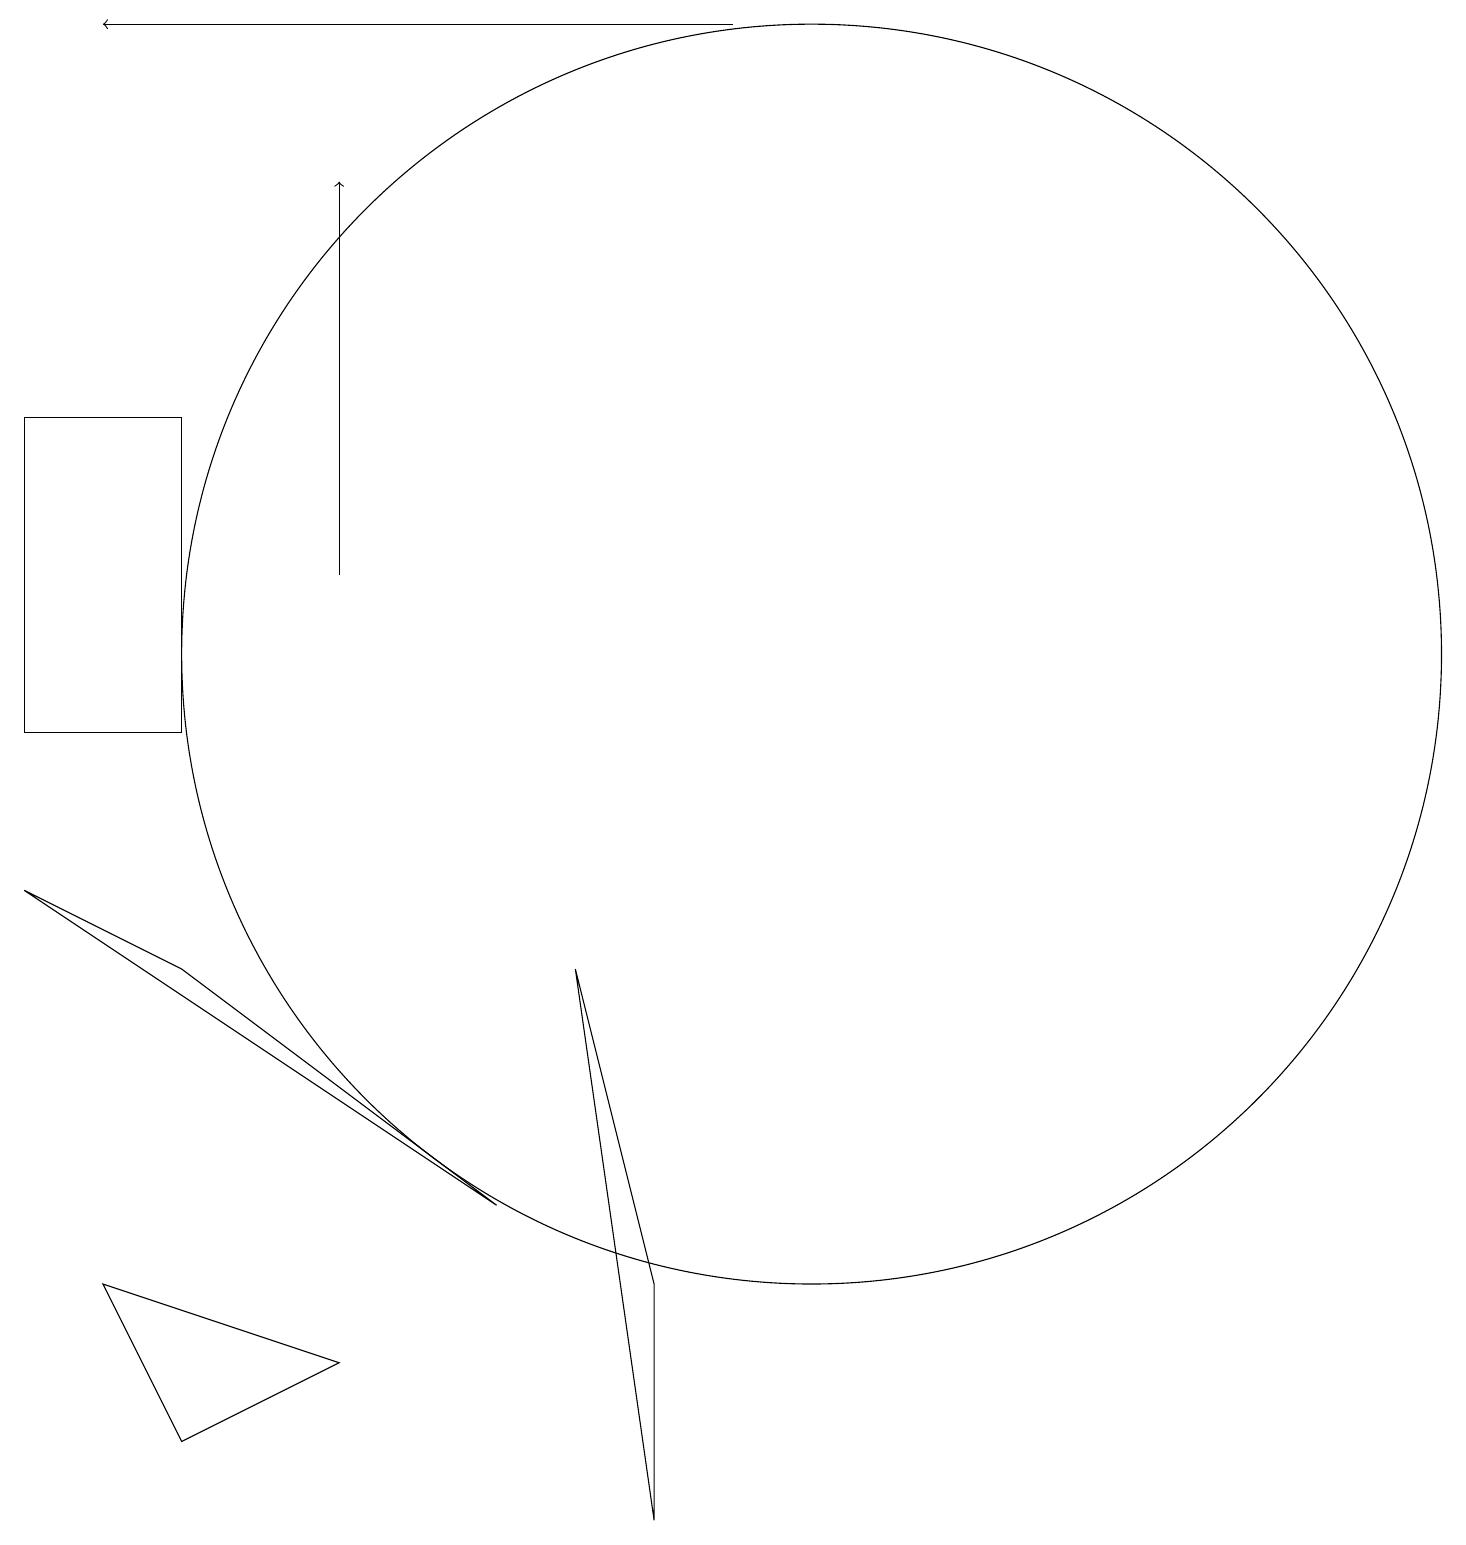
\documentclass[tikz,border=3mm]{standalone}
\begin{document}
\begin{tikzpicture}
\draw (2,7) -- (0,8) -- (6,4) -- cycle;
\draw[->] (9,19) -- (1,19);
\draw (7,7) -- (8,0) -- (8,3) -- cycle;
\draw (0,10) rectangle (2,14);
\draw[->] (4,12) -- (4,17);
\draw (10,11) circle (8);
\draw (1,3) -- (4,2) -- (2,1) -- cycle;
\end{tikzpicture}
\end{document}